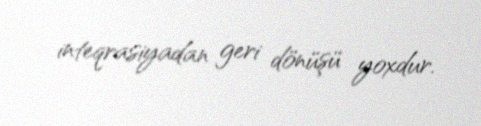
inteqrasiyadan geri dönüşü yoxdur.